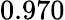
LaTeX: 0.970